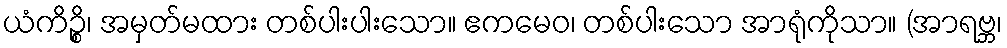
ယံကိဉ္စိ၊ အမှတ်မထား တစ်ပါးပါးသော။ ဧကမေဝ၊ တစ်ပါးသော အာရုံကိုသာ။ (အာရဗ္ဘ၊